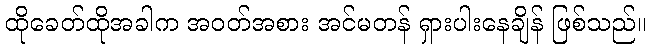
ထိုခေတ်ထိုအခါက အဝတ်အစား အင်မတန် ရှားပါးနေချိန် ဖြစ်သည်။